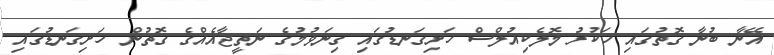
އޭނާ ބުނާ ގޮތުގައި ހަކުރު މޮލެކިއުލްސް ހަށިގަނޑުގައި ގިނަވުމުގެ ނަތީޖާއެއްގެ ގޮތުން ހަށިގަނޑުގައި